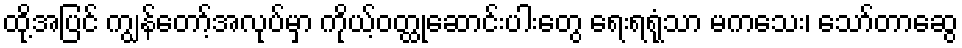
ထို့အပြင် ကျွန်တော့်အလုပ်မှာ ကိုယ့်ဝတ္ထုဆောင်းပါးတွေ ရေးရရုံသာ မကသေး၊ သော်တာဆွေ